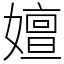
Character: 嬗